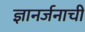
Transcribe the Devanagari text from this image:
ज्ञानर्जनाची